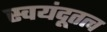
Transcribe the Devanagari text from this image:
स्वयंदूतत्व